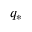
q _ { * }